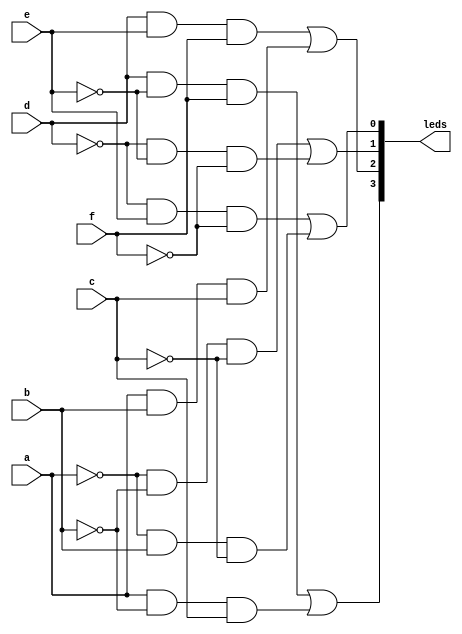
module LEDs(
  input a,b,c,d,e,f,
  output wire [3:0] leds
);
wire [7:0] data;
//NOT
not not0(a1,a);
not not1(b1,b);
not not2(c1,c);
not not3(d1,d);
not not4(e1,e);
not not5(f1,f);
//LED1
and and0(data[0],d1,e,f1);
and and1(data[1],a1,b,c1);
or or0(leds[0],data[0],data[1]);
//LED3
and and2(data[2],a1,b1,c1);
and and3(data[3],d1,e1,f1);
or or1(leds[1],data[2],data[3]);
//LED4
and and4(data[4],d,e,f);
and and5(data[5],a,b,c);
or or2(leds[2],data[4],data[5]);
//LED6
and and6(data[6],d,e1,f);
and and7(data[7],a,b1,c);
or or3(leds[3],data[6],data[7]);
endmodule